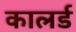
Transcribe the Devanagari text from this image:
कालर्ड